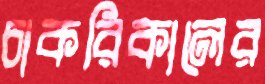
চাকরিকালের